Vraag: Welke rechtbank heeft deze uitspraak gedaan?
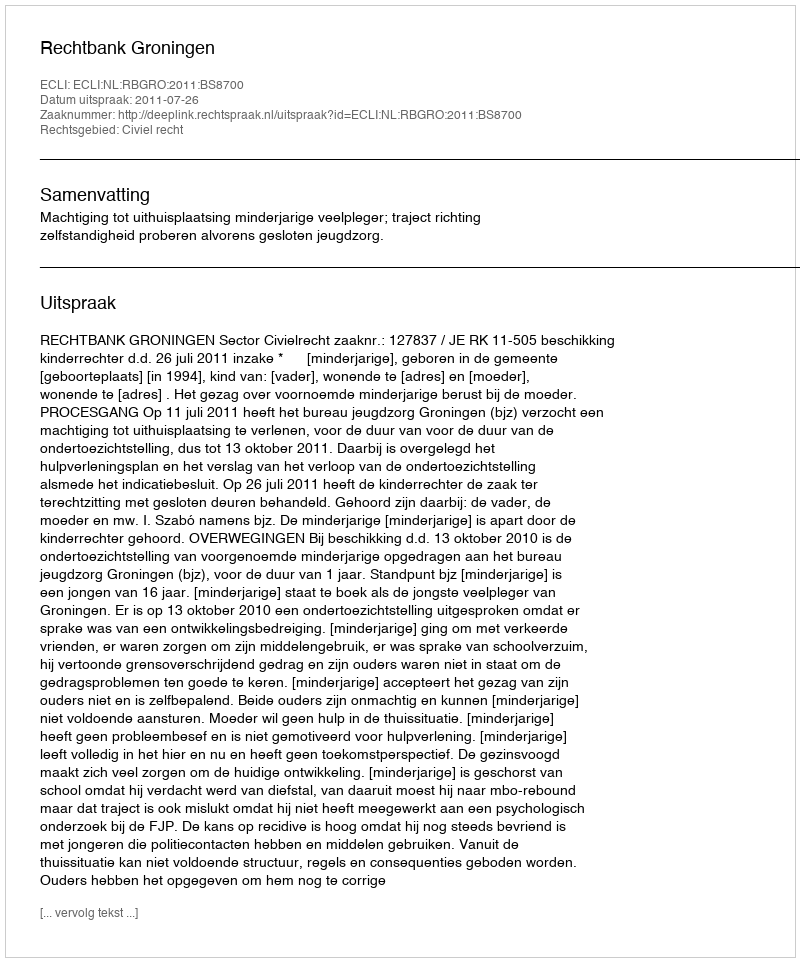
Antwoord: Rechtbank Groningen